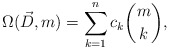
\begin{align*}\Omega(\vec{D},m)=\sum_{k=1}^{n}c_k\binom{m}{k},\end{align*}